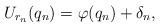
LaTeX: \begin{align*}U_{r_n}(q_n)=\varphi(q_n)+\delta_n,\end{align*}